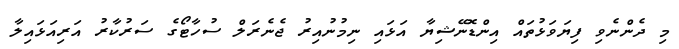
މި ދެންނެވި ފިޔަވަޅުތައް އިންޑޮނޭޝިޔާ އަޅައި ނިމުނުއިރު ޖެނެރަލް ސުހާޓޯގެ ސަރުކާރު އަރިއަޅައިލާ